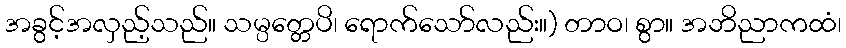
အခွင့်အလှည့်သည်။ သမ္ပတ္တေပိ၊ ရောက်သော်လည်း။) တာဝ၊ စွာ။ အဘိညာကထံ၊